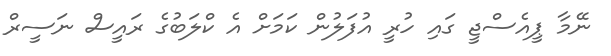
ނޭމާ ޕީއެސްޖީ ގައި ހުރީ އުފަލުން ކަމަށް އެ ކްލަބުގެ ރައީސް ނަސީރް